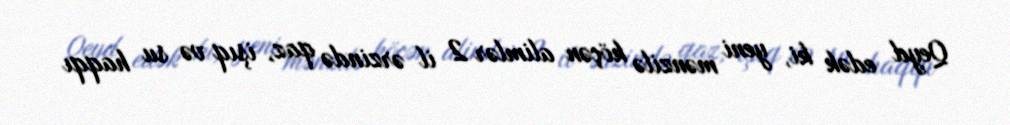
Qeyd edək ki, yeni mənzilə köçən alimlər 2 il ərzində qaz, işıq və su haqqı